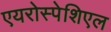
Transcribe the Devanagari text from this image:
एयरोस्पेशिएल